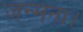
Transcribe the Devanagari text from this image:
जन्मना।